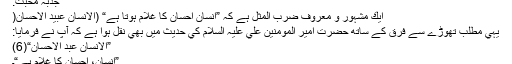
جذبہٴ محبت:
ايك مشہور و معروف ضرب المثل ہے كہ ”انسان احسان كا غلام ہوتا ہے“ (الانسان عبيد الاحسان(
يہي مطلب تھوڑے سے فرق كے ساتھ حضرت امير المومنين علي عليہ السلام كي حديث ميں بھي نقل ہوا ہے كہ آپ نے فرمايا:
”الإنسان عبد الإحسان“(6)
”انسان، احسان كا غلام ہے“۔